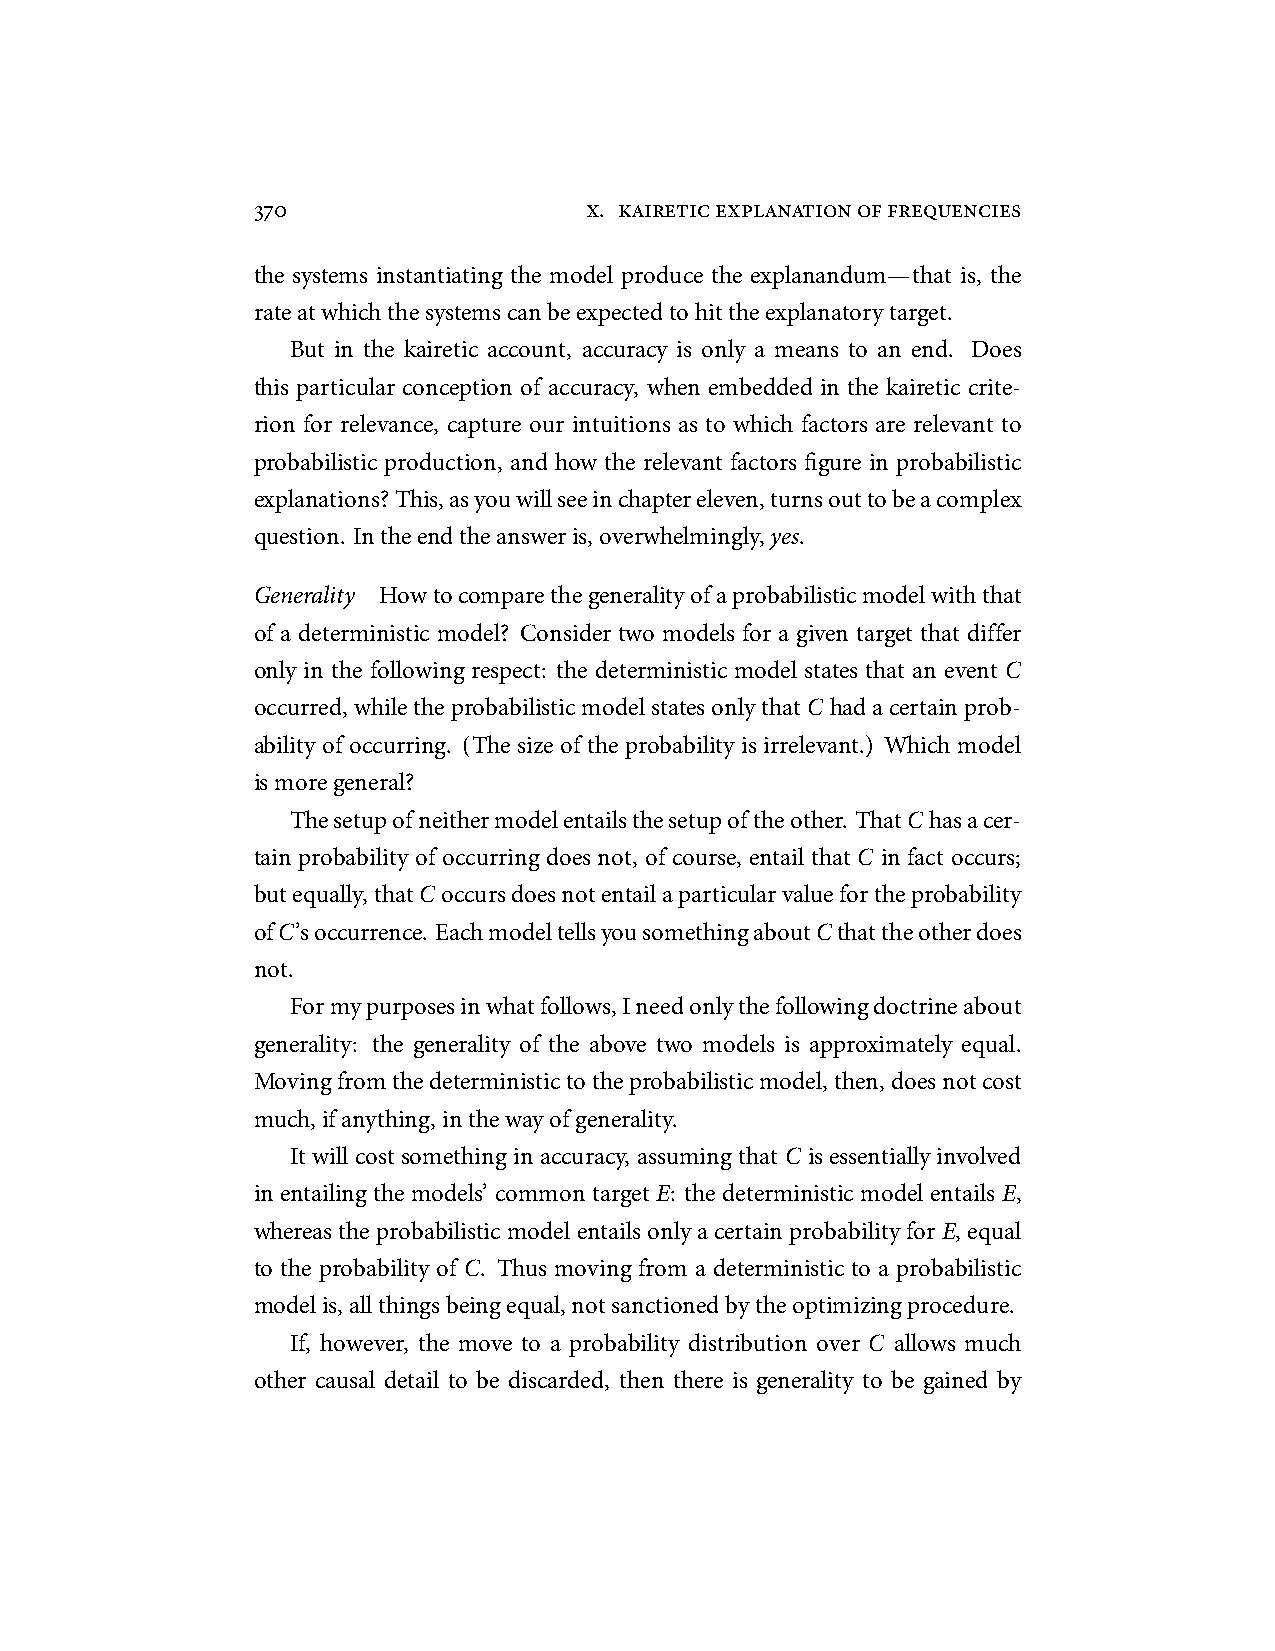
370                   x. kaireticexplanationoffrequencies
 the systems instantiating the model produce the explanandum—that is, the
 rateatwhichthesystemscanbeexpectedtohittheexplanatorytarget.
 But in the kairetic account, accuracy is only a means to an end. Does
 this particular conception of accuracy, when embedded in the kairetic crite-
 rion for relevance, capture our intuitions as to which factors are relevant to
 probabilistic production, and how the relevant factors figure in probabilistic
 explanations? This,asyouwillseeinchaptereleven,turnsouttobeacomplex
 question. Intheendtheansweris,overwhelmingly,yes.
 Generality Howtocomparethegeneralityofaprobabilisticmodelwiththat
 of a deterministic model? Consider two models for a given target that differ
 only in the following respect: the deterministic model states that an event C
 occurred,whiletheprobabilisticmodelstatesonlythatC hadacertainprob-
 ability of occurring. (The size of the probability is irrelevant.) Which model
 ismoregeneral?
 Thesetupofneithermodelentailsthesetupoftheother. ThatChasacer-
 tain probability of occurring does not, of course, entail that C in fact occurs;
 butequally,thatCoccursdoesnotentailaparticularvaluefortheprobability
 ofC’soccurrence. EachmodeltellsyousomethingaboutCthattheotherdoes
 not.
 Formypurposesinwhatfollows,Ineedonlythefollowingdoctrineabout
 generality: the generality of the above two models is approximately equal.
 Movingfromthedeterministictotheprobabilisticmodel,then,doesnotcost
 much,ifanything,inthewayofgenerality.
 It will cost something in accuracy, assuming that C is essentially involved
 in entailing the models’ common target E: the deterministic model entails E,
 whereas the probabilistic modelentails only a certain probability forE, equal
 to the probability of C. Thus moving from a deterministic to a probabilistic
 modelis,allthingsbeingequal,notsanctionedbytheoptimizingprocedure.
 If, however, the move to a probability distribution over C allows much
 other causal detail to be discarded, then there is generality to be gained by